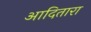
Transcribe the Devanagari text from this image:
आदितारा